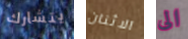
يتشارك الاثنان الى